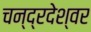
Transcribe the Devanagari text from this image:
चन्द्रदेश्वर